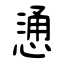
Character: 慂